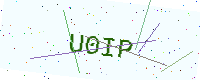
Text: U0IP